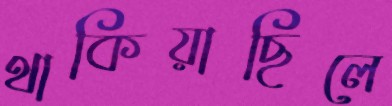
থাকিয়াছিলে